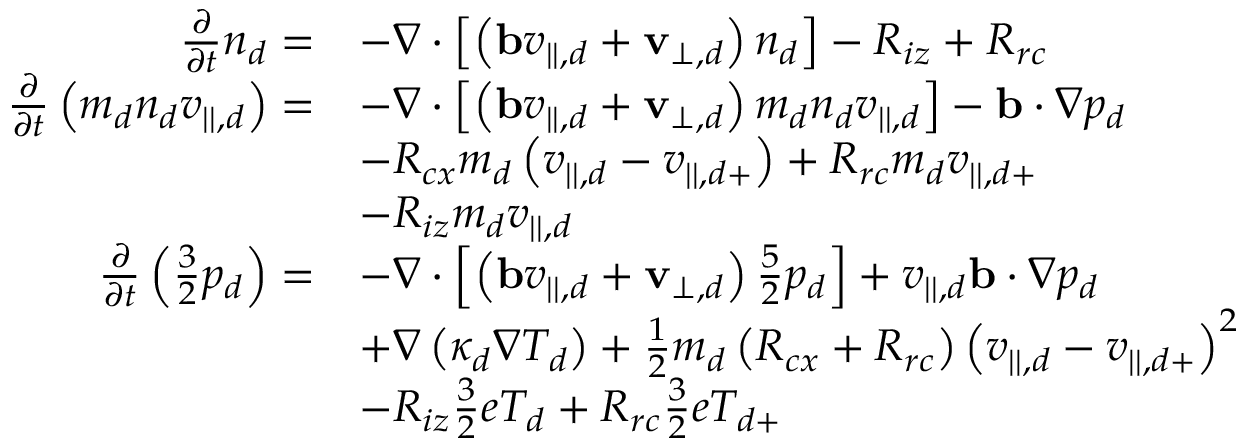
\begin{array} { r l } { \frac { \partial } { \partial t } n _ { d } = } & { - \nabla \cdot \left[ \left( \mathbf { b } v _ { | | , d } + \mathbf { v } _ { \perp , d } \right) n _ { d } \right] - R _ { i z } + R _ { r c } } \\ { \frac { \partial } { \partial t } \left( m _ { d } n _ { d } v _ { | | , d } \right) = } & { - \nabla \cdot \left[ \left( \mathbf { b } v _ { | | , d } + \mathbf { v } _ { \perp , d } \right) m _ { d } n _ { d } v _ { | | , d } \right] - \mathbf { b } \cdot \nabla p _ { d } } \\ & { - R _ { c x } m _ { d } \left( v _ { | | , d } - v _ { | | , d + } \right) + R _ { r c } m _ { d } v _ { | | , d + } } \\ & { - R _ { i z } m _ { d } v _ { | | , d } } \\ { \frac { \partial } { \partial t } \left( \frac { 3 } { 2 } p _ { d } \right) = } & { - \nabla \cdot \left[ \left( \mathbf { b } v _ { | | , d } + \mathbf { v } _ { \perp , d } \right) \frac { 5 } { 2 } p _ { d } \right] + v _ { | | , d } \mathbf { b } \cdot \nabla p _ { d } } \\ & { + \nabla \left( \kappa _ { d } \nabla T _ { d } \right) + \frac { 1 } { 2 } m _ { d } \left( R _ { c x } + R _ { r c } \right) \left( v _ { | | , d } - v _ { | | , d + } \right) ^ { 2 } } \\ & { - R _ { i z } \frac { 3 } { 2 } e T _ { d } + R _ { r c } \frac { 3 } { 2 } e T _ { d + } } \end{array}